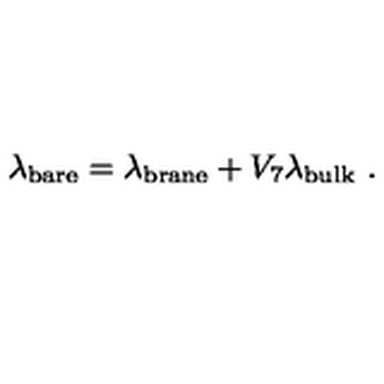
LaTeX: \lambda _ { \mathrm { b a r e } } = \lambda _ { \mathrm { b r a n e } } + V _ { 7 } \lambda _ { \mathrm { b u l k } } \ .